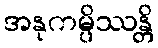
အနုကမ္ပိဿန္တိ